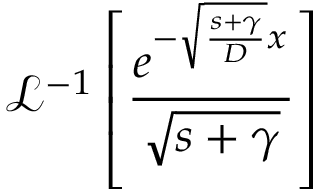
\mathcal { L } ^ { - 1 } \left[ \frac { e ^ { - \sqrt { \frac { s + \gamma } { D } } x } } { \sqrt { s + \gamma } } \right]